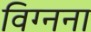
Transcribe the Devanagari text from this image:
विग्नना